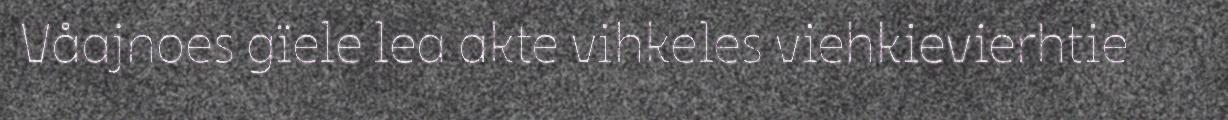
Våajnoes gïele lea akte vihkeles viehkievierhtie